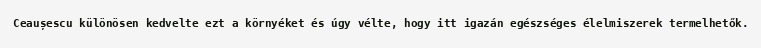
Ceaușescu különösen kedvelte ezt a környéket és úgy vélte, hogy itt igazán egészséges élelmiszerek termelhetők.